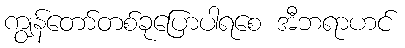
ကျွန်တော်တစ်ခုပြောပါရစေ အီဘရာဟင်